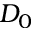
D _ { 0 }